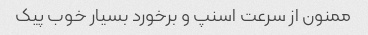
ممنون از سرعت اسنپ و برخورد بسیار خوب پیک